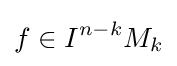
f\in I^{n-k}M_{k}